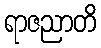
ရာဇညာတိ